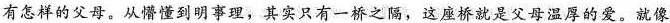
有怎样的父母。从懵懂到明事理，其实只有一桥之隔，这座桥就是父母温厚的爱。就像